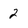
Character: 2